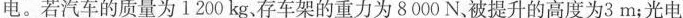
电。若汽车的质量为1200kg，存车架的重力为8000N、被提升的高度为3m；光电